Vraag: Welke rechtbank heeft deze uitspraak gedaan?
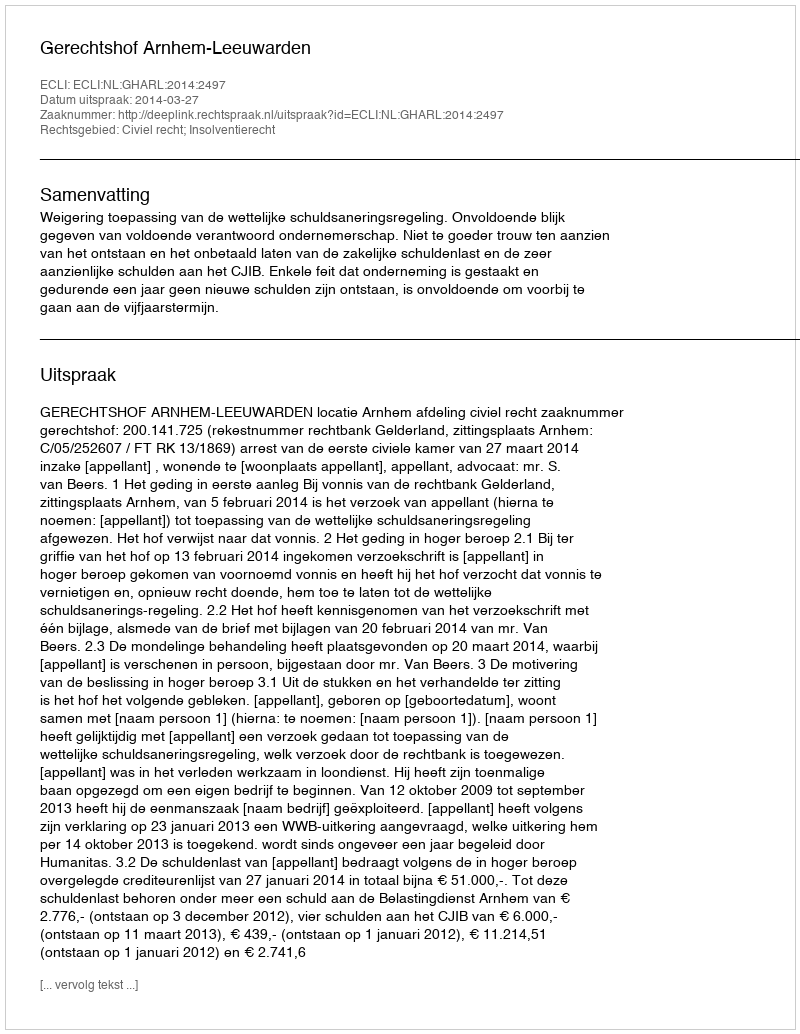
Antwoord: Gerechtshof Arnhem-Leeuwarden